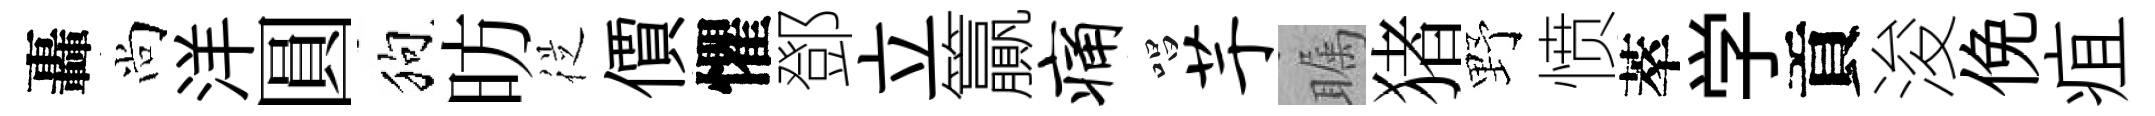
轟尚洋圓狗昉従價懼鄧立籯痛唱芋瞩猪野愤萃学貢浚俛疽